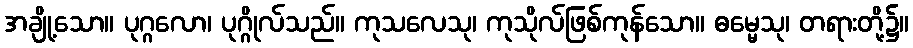
အချို့သော။ ပုဂ္ဂလော၊ ပုဂ္ဂိုလ်သည်။ ကုသလေသု၊ ကုသိုလ်ဖြစ်ကုန်သော။ ဓမ္မေသု၊ တရားတို့၌။